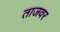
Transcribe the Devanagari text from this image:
ताजवर